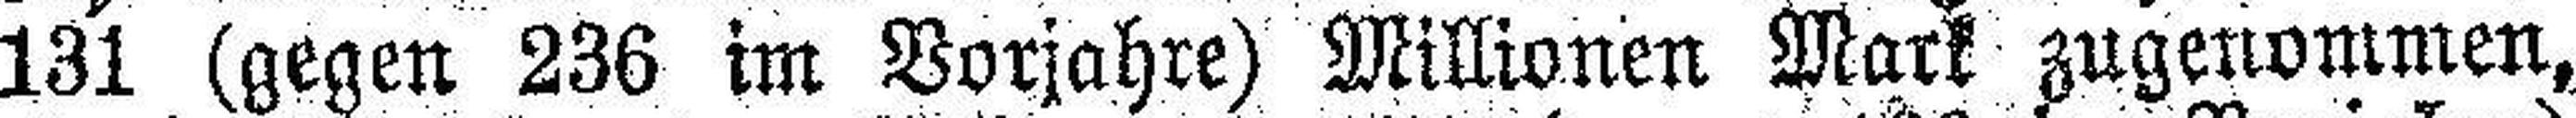
131 (gegen 236 im Vorjahre) Millionen Mark zugenommen,